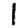
Digit: 1